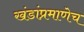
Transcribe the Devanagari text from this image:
खंडांप्रमाणेच